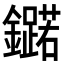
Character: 𮣥